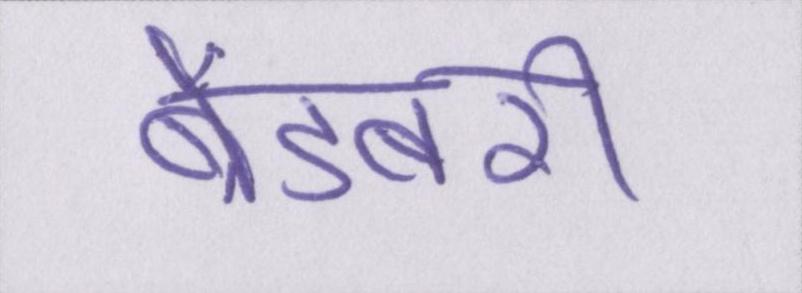
ब्रैडबरी